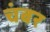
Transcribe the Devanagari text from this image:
चंबर